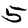
Digit: 5